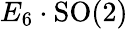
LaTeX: E_{6}\cdot\mathrm{SO}(2)